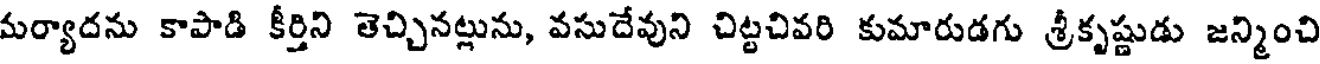
మర్యాదను కాపాడి కీర్తిని తెచ్చినట్లును, వసుదేవుని చిట్టచివరి కుమారుడగు శ్రీకృష్ణుడు జన్మించి